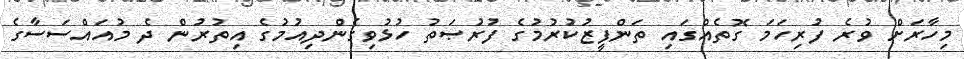
މިހާރަށް ވުރެ ފުރިހަމަ ގޮތެއްގައި ތަންފީޒުކުރުމުގެ ފުރުޞަތު ހުޅުވިގެންދިއުމުގެ އިތުރުން ދެ މުއައްސަސާގެ